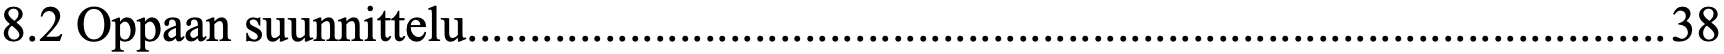
8.2 Oppaan suunnittelu................................................................................................ 38